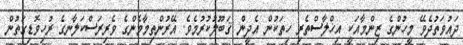
ދައުވަތުދެވޭ މީހުންގެ ޒިންމާއަކީ އިޚްލާސްތެރި ހިތަކުން އެދީން ޤަބޫލުކުރުމެވެ. އޭރުންތިމާމެންގެ ވެރިރަސްކަލާނގެ ރުހިވޮޑިގަތުން